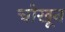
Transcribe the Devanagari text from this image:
चोखून